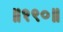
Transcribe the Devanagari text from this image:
॥१९०॥